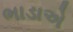
ભાડાએ